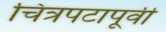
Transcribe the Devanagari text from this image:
चित्रपटापूर्वी